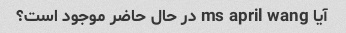
آیا ms april wang در حال حاضر موجود است؟